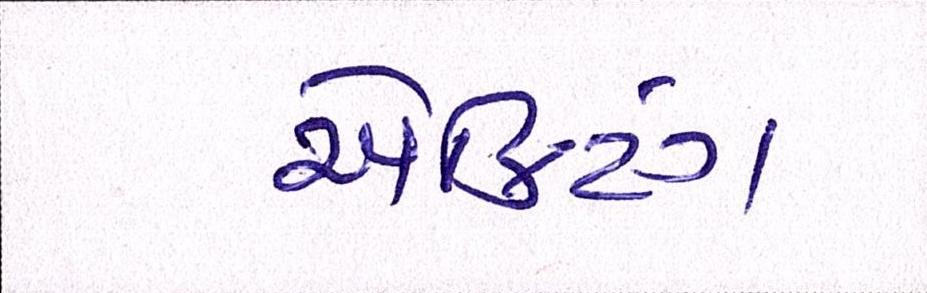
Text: ઍક્ટિંગ